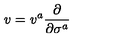
v = v ^ { a } \frac { \partial } { \partial \sigma ^ { a } }